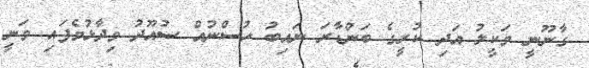
ގާނޫނީ ވަކީލު އަދި ކުރީގެ ބަންޑާރަ ނައިބު ހުސްނުއް ސުއޫދު ވިދާޅުވެފައި ވަނީ